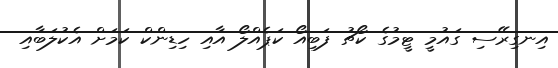
އިނގިރޭސި ގައުމީ ޓީމުގެ ކޯޗު ފަބިއޯ ކަޕެއްލޯ އާއި ހިޑިންކް ކަމަށް އެކުލަބާއި